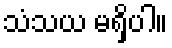
သံသယ မရှိပါ။